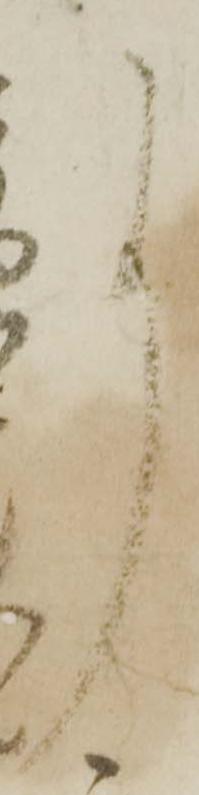
事